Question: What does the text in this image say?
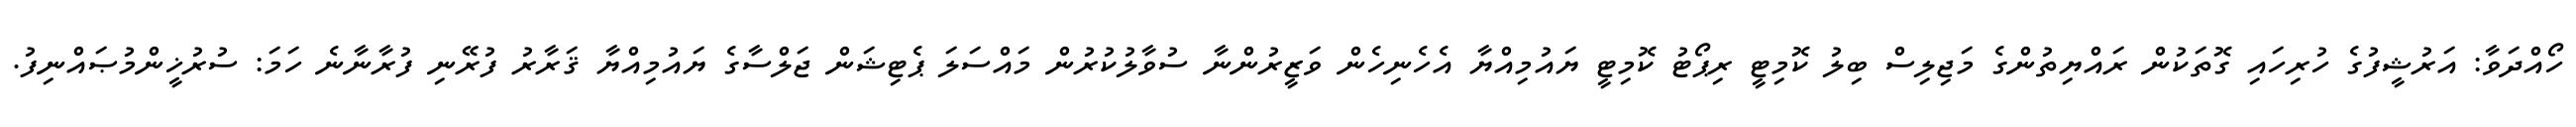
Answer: ހޯއްދަވާ: އަރުޝީފުގެ ހުރިހައި ގޮތަކުން ރައްޔިތުންގެ މަޖިލިސް ބިލު ކޮމިޓީ ރިޕޯޓު ކޮމިޓީ ޔައުމިއްޔާ އެހެނިހެން ވަޒީރުންނާ ސުވާލުކުރުން މައްސަލަ ޕެޓިޝަން ޖަލްސާގެ ޔައުމިއްޔާ ޤަރާރު ފުރޭނި ފުރާނާނެ ހަމަ: ސުރުޚީންމުޞައްނިފު.